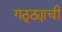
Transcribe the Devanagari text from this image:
गठ्ठ्याची